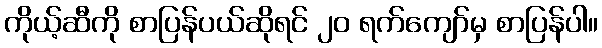
ကိုယ့်ဆီကို စာပြန်ပယ်ဆိုရင် ၂၀ ရက်ကျော်မှ စာပြန်ပါ။